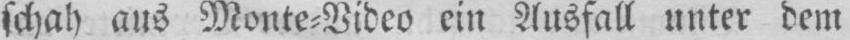
schah aus Monte⸗Video ein Ausfall unter dem